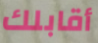
أقابلك